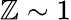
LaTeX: \mathbb{Z}\sim1